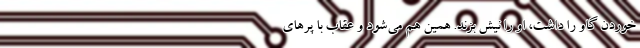
خوردن گاو را داشت، او را نیش بزند. همین هم می‌شود و عقاب با پرهای